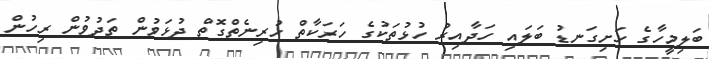
ބަލިމީހާގެ ހަށިގަނޑު ބަލައި ހަދާއިރު ހުޅުތަކުގެ ހަރަކާތް ހުރިނެތްގޮތް ދުޅަވުން ތަދުވުން ރިހުން